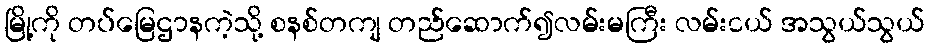
မြို့ကို တပ်မြေဌာနကဲ့သို့ စနစ်တကျ တည်ဆောက်၍လမ်းမကြီး လမ်းငယ် အသွယ်သွယ်